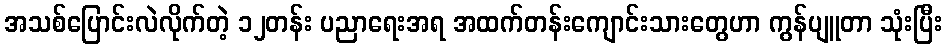
အသစ်ပြောင်းလဲလိုက်တဲ့ ၁၂တန်း ပညာရေးအရ အထက်တန်းကျောင်းသားတွေဟာ ကွန်ပျူတာ သုံးပြီး